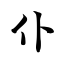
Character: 仆